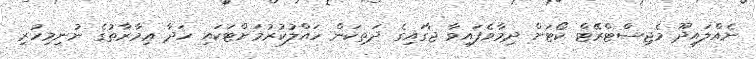
ނެއްލައިދޫ މެޖިސްޓްރޭޓް ކޯޓަށް ދިމާވެފައިވާ ޖާގައިގެ ދަތިކަން ހައްލުކުރުމަށްޓަކައި ހަދާ ޢިމާރާތުގެ ނުނިމިހުރި